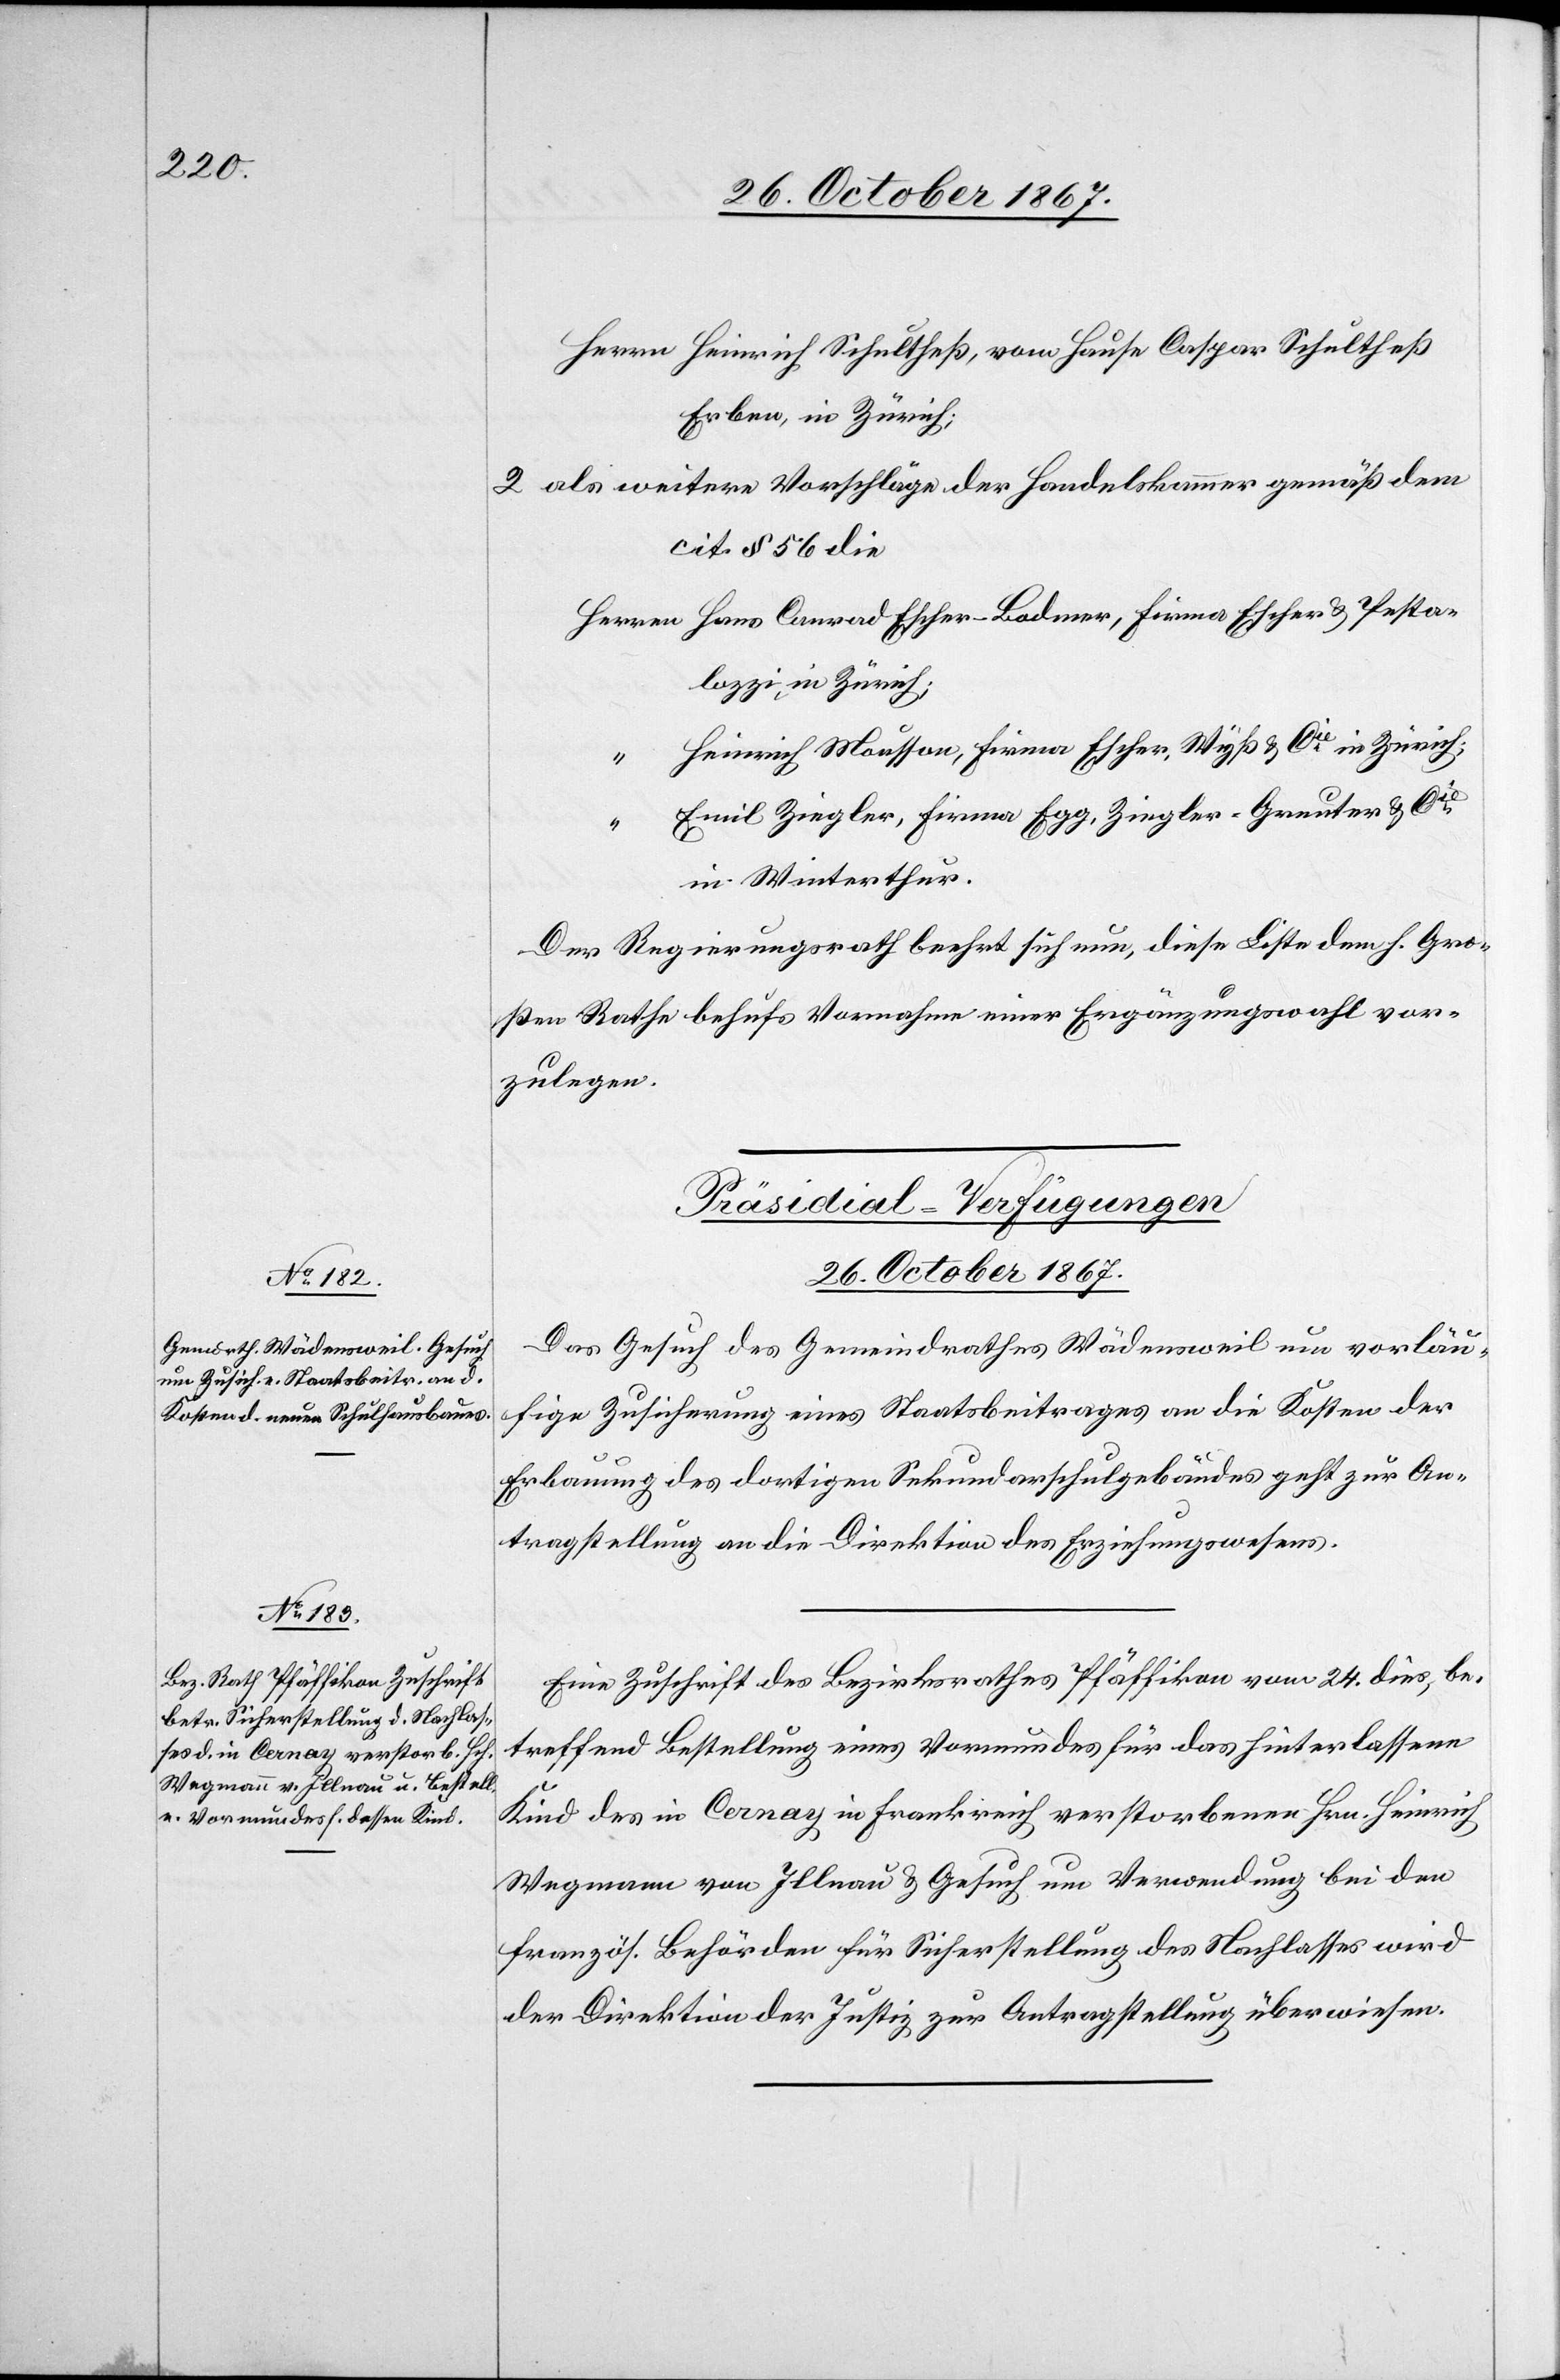
Herrn Heinrich Schultheß, vom Hause C. Schultheß
Erben in Zürich;
als weitere Vorschläge der Handelskammer gemäß dem
cit. § 56 die
lozzi, in Zürich;
Heinrich Mousson, Firma Escher, Wyß u. Cie in Zürich
u.
Emil Ziegler, Firma Egg, Ziegler-Greuter u. Cie
in Winterthur.
Der Regierungsrath beehrt sich nun, diese Liste dem h. Gro¬
ßen Rathe behufs Vornahme einer Ergänzungswahl vor¬
zulegen.
[Präsidial-Verfügungen.
26. October 1867.]
Das Gesuch des Gemeindrathes Wädensweil um vorläu¬
fige Zusicherung eines Staatsbeitrages an die Kosten der
Erbauung des dortigen Sekundarschulgebäudes geht zur An¬
tragstellung an die Direktion des Erziehungswesens.
Eine Zuschrift des Bezirksrathes Pfäffikon vom 24. dies, be¬
treffend Bestellung eines Vormundes des für das hinterlassene
Kind des in Cernay in Frankreich verstorbenen Hrn. Heinrich
Wegmann von Illnau u. Gesuch um Verwendung bei den
französ. Behörden für Sicherstellung des Nachlasses wird
der Direktion der Justiz zur Antragstellung überwiesen.